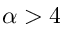
\alpha > 4